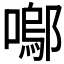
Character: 𭋒